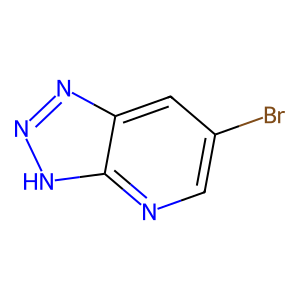
SMILES: Brc1cnc2[nH]nnc2c1
Inhibits HIV replication: No